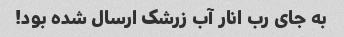
به جای رب انار آب زرشک ارسال شده بود!